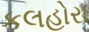
કલહોરા